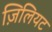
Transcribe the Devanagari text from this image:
ज़िलियट